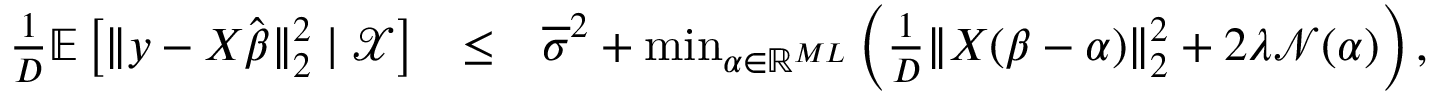
\begin{array} { r l r } { \frac 1 D \mathbb E \left[ | \! | \boldsymbol { y } - X \hat { \boldsymbol { \beta } } | \! | _ { 2 } ^ { 2 } \mid \mathcal X \right] } & { \leq } & { \overline { { \sigma } } ^ { 2 } + \operatorname* { m i n } _ { \alpha \in \mathbb R ^ { M L } } \left( \frac 1 D | \! | X ( \boldsymbol { \beta } - \boldsymbol { \alpha } ) | \! | _ { 2 } ^ { 2 } + 2 \lambda \mathcal N ( \boldsymbol { \alpha } ) \right) , } \end{array}